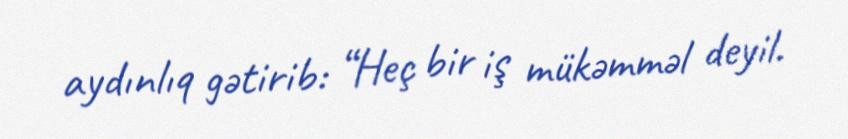
aydınlıq gətirib: “Heç bir iş mükəmməl deyil.